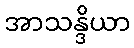
အာသန္ဒိယာ